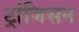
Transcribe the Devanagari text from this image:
ट्रांजिसन